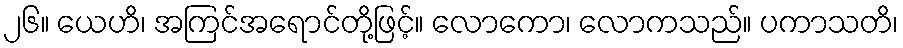
၂၆။ ယေဟိ၊ အကြင်အရောင်တို့ဖြင့်။ လောကော၊ လောကသည်။ ပကာသတိ၊